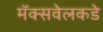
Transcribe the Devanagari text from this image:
मॅक्सवेलकडे